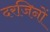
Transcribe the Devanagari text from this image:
दरजिनों